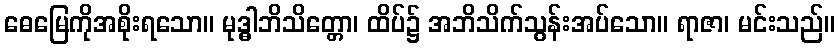
ဓေမြေကိုအစိုးရသော။ မုဒ္ဓါဘိသိတ္တော၊ ထိပ်၌ အဘိသိက်သွန်းအပ်သော။ ရာဇာ၊ မင်းသည်။